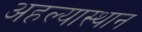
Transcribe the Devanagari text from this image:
अहल्यास्थान